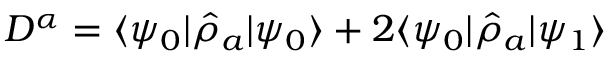
D ^ { \alpha } = \langle \psi _ { 0 } \vert \hat { \rho } _ { a } \vert \psi _ { 0 } \rangle + 2 \langle \psi _ { 0 } \vert \hat { \rho } _ { a } \vert \psi _ { 1 } \rangle